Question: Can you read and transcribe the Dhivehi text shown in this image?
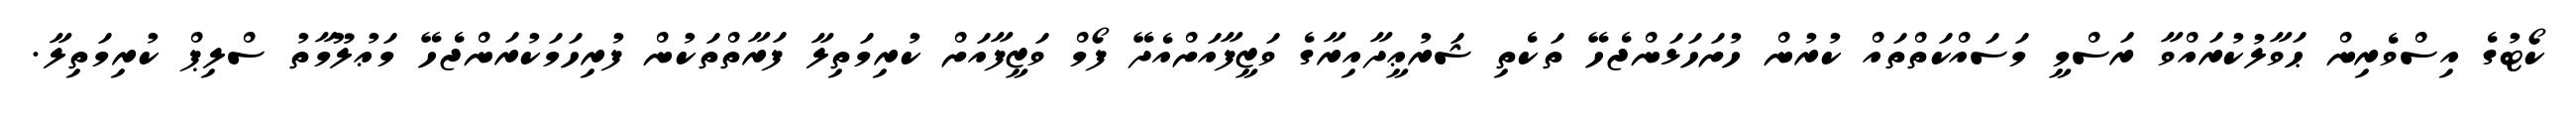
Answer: ކޯޓުގެ އިސްވެރިން ޙަވާލުކުރައްވާ ރަސްމީ މަސައްކަތްތައް ކުރުން ހުށަހަޅަންޖެހޭ ތަކެތި ޝަރުޢީދާއިރާގެ ވަޒީފާއަށްއެދޭ ފޯމް ވަޒީފާއަށް ކުރިމަތިލާ ފަރާތްތަކުން ފުރިހަމަކުރަންޖެހޭ މަޢުލޫމާތު ސްލިޕް ކުރިމަތިލާ.